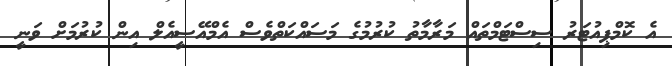
އެ ކޮމްޕިއުޓަރު ސިސްޓަމްތައް މަރާމާތު ކުރުމުގެ މަސައްކަތްވެސް އެމްއޭސީއެލް އިން ކުރުމަށް ވަނީ